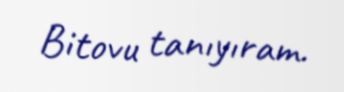
Bitovu tanıyıram.